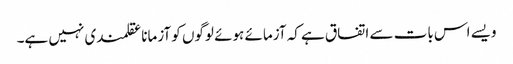
ویسے اس بات سے اتفاق ہے کہ آزمائے ہوئے لوگوں کو آزمانا عقلمندی نہیں ہے۔